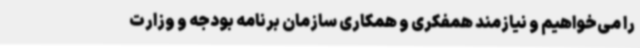
را می‌خواهیم و نیازمند همفکری و همکاری سازمان برنامه بودجه و وزارت